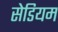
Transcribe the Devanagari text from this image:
सेडियम